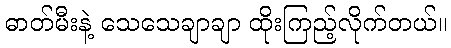
ဓာတ်မီးနဲ့ သေသေချာချာ ထိုးကြည့်လိုက်တယ်။